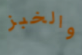
والخبز